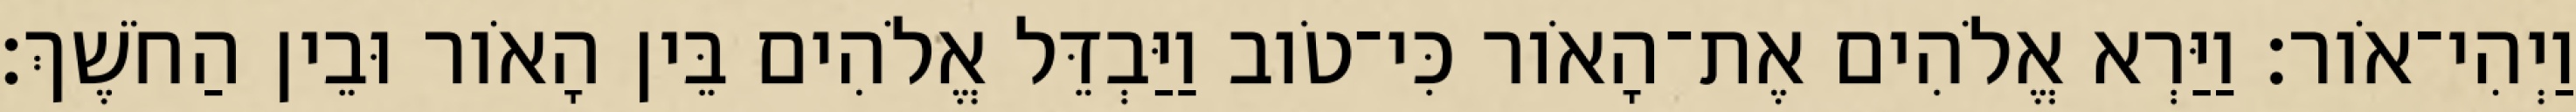
וַיְהִי־אֹור׃ וַיַּרְא אֱלֹהִים אֶת־הָאֹור כִּי־טֹוב וַיַּבְדֵּל אֱלֹהִים בֵּין הָאֹור וּבֵין הַחֹשֶׁךְ׃